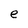
Character: e